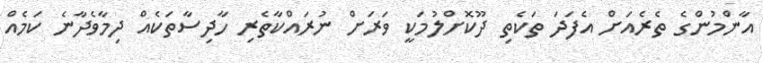
އާންމުންގެ ތެރެއަށް އެފަދަ ތަކެތި ދޫކޮށްލުމަކީ ވަރަށް ނުރައްކާތެރި ހާދިސާތަކެއް ދިމާވެދާނެ ކަމެއް